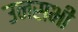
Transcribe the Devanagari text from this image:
उनसभी